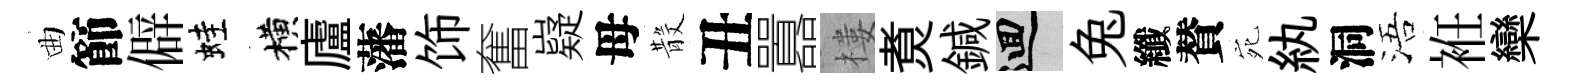
曲節僻蛙横廬藩饰奮嶷母𣪚丑囂樓煑鍼回兔纖賛宛紈洞浯袵欒